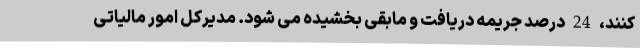
کنند، 24 درصد جریمه دریافت و مابقی بخشیده می شود. مدیرکل امور مالیاتی